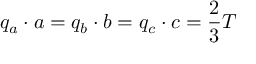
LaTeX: q _ { a } \cdot a = q _ { b } \cdot b = q _ { c } \cdot c = { \frac { 2 } { 3 } } T